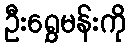
ဦးရွှေမန်းကို